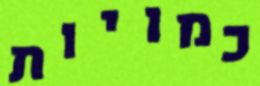
כמויות